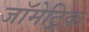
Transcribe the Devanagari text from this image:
जॉमेट्रिक